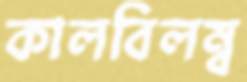
কালবিলম্ব